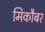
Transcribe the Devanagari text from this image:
मिकौबर